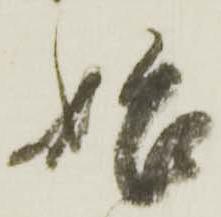
始